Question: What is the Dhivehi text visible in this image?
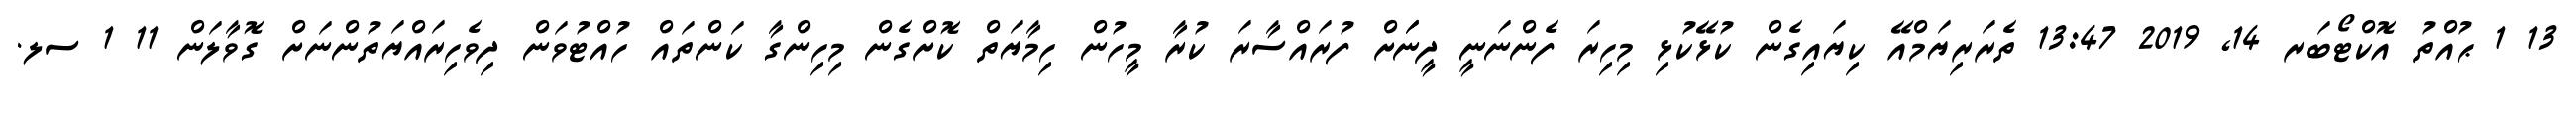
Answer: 13 1 ޙުއްތު އޮކްޓޯބަރ 14, 2019 13:47 ތެރަރިޔަމްއޭ ކިޔައިގެން ކުޅޭކުޅި މިހިރަ ފެންނަނީ ދީނަަށް ފުރައްސާރަ ކުރާ މީހުން ހިމާޔަތް ކޮށްގެން މިހިންގާ ކަންތައް ހުއްޓުވަން ދިވެހިރައްޔަތުންނަށް ގޮވާލަން 11 1 ސލ.